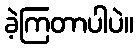
ခဲ့ကြတာပါပဲ။